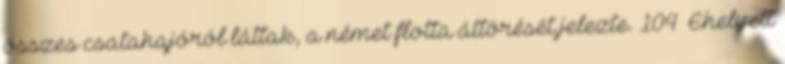
összes csatahajóról láttak, a német flotta áttörését jelezte. 104 Ehelyett